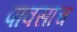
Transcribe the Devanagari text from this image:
पावसाच